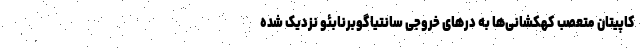
کاپیتان متعصب کهکشانی‌ها به درهای خروجی سانتیاگوبرنابئو نزدیک شده